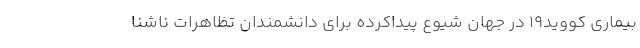
بیماری کووید۱۹ در جهان شیوع پیداکرده برای دانشمندان تظاهرات ناشنا